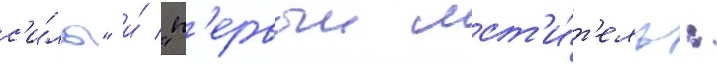
с'и́лы" и́ "п'ервыи мст'и́т'ель: